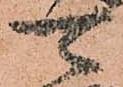
可